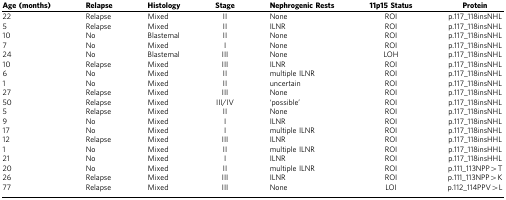
<table><thead><tr><td><b>Age (months)</b></td><td><b>Relapse</b></td><td><b>Histology</b></td><td><b>Stage</b></td><td><b>Nephrogenic Rests</b></td><td><b>11p15 Status</b></td><td><b>Protein</b></td></tr></thead><tbody><tr><td>22</td><td>Relapse</td><td>Mixed</td><td>II</td><td>None</td><td>ROI</td><td>p.117_118insNHL</td></tr><tr><td>5</td><td>Relapse</td><td>Mixed</td><td>II</td><td>ILNR</td><td>ROI</td><td>p.117_118insNHL</td></tr><tr><td>10</td><td>No</td><td>Blastemal</td><td>II</td><td>None</td><td>ROI</td><td>p.117_118insNHL</td></tr><tr><td>7</td><td>No</td><td>Mixed</td><td>I</td><td>None</td><td>ROI</td><td>p.117_118insNHL</td></tr><tr><td>24</td><td>No</td><td>Blastemal</td><td>III</td><td>None</td><td>LOH</td><td>p.117_118insNHL</td></tr><tr><td>10</td><td>Relapse</td><td>Mixed</td><td>III</td><td>ILNR</td><td>ROI</td><td>p.117_118insNHL</td></tr><tr><td>6</td><td>No</td><td>Mixed</td><td>II</td><td>multiple ILNR</td><td>ROI</td><td>p.117_118insNHL</td></tr><tr><td>1</td><td>No</td><td>Mixed</td><td>II</td><td>uncertain</td><td>ROI</td><td>p.117_118insNHL</td></tr><tr><td>27</td><td>Relapse</td><td>Mixed</td><td>III</td><td>None</td><td>ROI</td><td>p.117_118insNHL</td></tr><tr><td>50</td><td>Relapse</td><td>Mixed</td><td>III/IV</td><td>‘possible&#x27;</td><td>ROI</td><td>p.117_118insNHL</td></tr><tr><td>5</td><td>Relapse</td><td>Mixed</td><td>II</td><td>None</td><td>ROI</td><td>p.117_118insNHL</td></tr><tr><td>9</td><td>No</td><td>Mixed</td><td>I</td><td>ILNR</td><td>ROI</td><td>p.117_118insNHL</td></tr><tr><td>17</td><td>No</td><td>Mixed</td><td>I</td><td>multiple ILNR</td><td>ROI</td><td>p.117_118insNHL</td></tr><tr><td>12</td><td>Relapse</td><td>Mixed</td><td>III</td><td>ILNR</td><td>ROI</td><td>p.117_118insHHL</td></tr><tr><td>1</td><td>No</td><td>Mixed</td><td>II</td><td>multiple ILNR</td><td>ROI</td><td>p.117_118insHHL</td></tr><tr><td>21</td><td>No</td><td>Mixed</td><td>I</td><td>ILNR</td><td>ROI</td><td>p.117_118insHHL</td></tr><tr><td>20</td><td>No</td><td>Mixed</td><td>II</td><td>multiple ILNR</td><td>ROI</td><td>p.111_113NPP&gt;T</td></tr><tr><td>26</td><td>Relapse</td><td>Mixed</td><td>III</td><td>ILNR</td><td>ROI</td><td>p.111_113NPP&gt;K</td></tr><tr><td>77</td><td>Relapse</td><td>Mixed</td><td>III</td><td>None</td><td>LOI</td><td>p.112_114PPV&gt;L</td></tr></tbody></table>